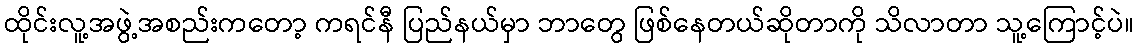
ထိုင်းလူ့အဖွဲ့အစည်းကတော့ ကရင်နီ ပြည်နယ်မှာ ဘာတွေ ဖြစ်နေတယ်ဆိုတာကို သိလာတာ သူ့ကြောင့်ပဲ။